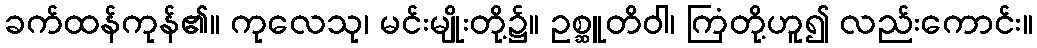
ခက်ထန်ကုန်၏။ ကုလေသု၊ မင်းမျိုးတို့၌။ ဥစ္ဆူတိဝါ၊ ကြံတို့ဟူ၍ လည်းကောင်း။